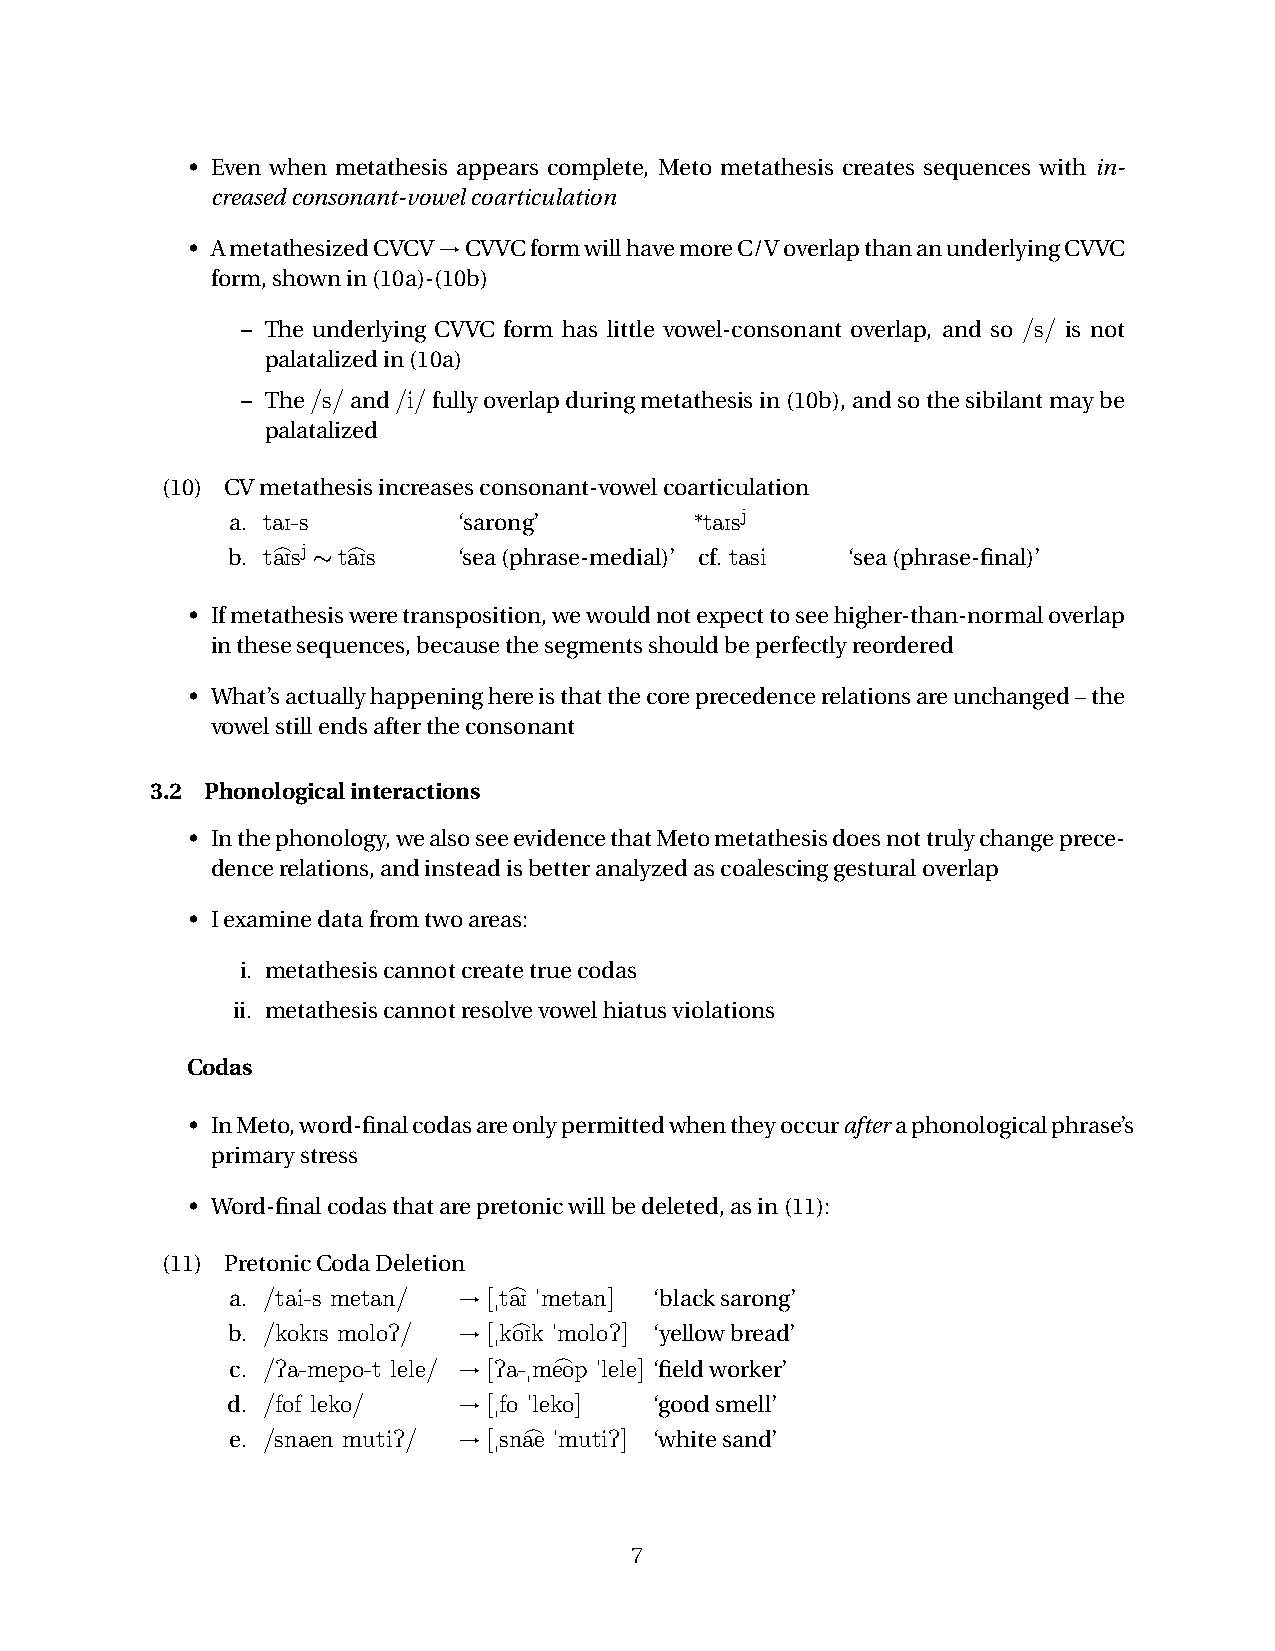
• Even when metathesis appears complete, Meto metathesis creates sequences with in-
 creasedconsonant-vowelcoarticulation
 • AmetathesizedCVCV→CVVCformwillhavemoreC/VoverlapthananunderlyingCVVC
 form,shownin(10a)-(10b)
 – The underlying CVVC form has little vowel-consonant overlap, and so /s/ is not
 palatalizedin(10a)
 – The/s/and/i/fullyoverlapduringmetathesisin(10b),andsothesibilantmaybe
 palatalized
 (10) CVmetathesisincreasesconsonant-vowelcoarticulation
 a. taI-s       ‘sarong’        *taIsj
 b.
 t> aIsj∼t>
 aIs    ‘sea(phrase-medial)’ cf. tasi ‘sea(phrase-final)’
 • Ifmetathesisweretransposition,wewouldnotexpecttoseehigher-than-normaloverlap
 inthesesequences,becausethesegmentsshouldbeperfectlyreordered
 • What’sactuallyhappeninghereisthatthecoreprecedencerelationsareunchanged–the
 vowelstillendsaftertheconsonant
 3.2 Phonologicalinteractions
 • Inthephonology,wealsoseeevidencethatMetometathesisdoesnottrulychangeprece-
 dencerelations,andinsteadisbetteranalyzedascoalescinggesturaloverlap
 • Iexaminedatafromtwoareas:
 i. metathesiscannotcreatetruecodas
 ii. metathesiscannotresolvevowelhiatusviolations
 Codas
 • InMeto,word-finalcodasareonlypermittedwhentheyoccurafteraphonologicalphrase’s
 primarystress
 • Word-finalcodasthatarepretonicwillbedeleted,asin(11):
 (11) PretonicCodaDeletion
 >
 a. /tai-s metan/ →[­taI "metan] ‘blacksarong’
 >
 b. /kokIs moloP/ →[­koIk "moloP] ‘yellowbread’
 >
 c. /Pa-mepo-t lele/ →[Pa-­meop "lele] ‘fieldworker’
 d. /fof leko/  →[­fo "leko] ‘goodsmell’
 >
 e. /snaen mutiP/ →[­snae "mutiP] ‘whitesand’
 7